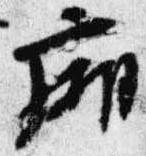
廂